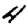
Digit: 4